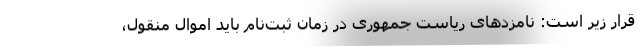
قرار زیر است: نامزدهای ریاست جمهوری در زمان ثبت‌نام باید اموال منقول،